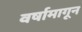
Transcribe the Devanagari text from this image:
वर्षामागून